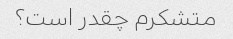
متشکرم چقدر است؟